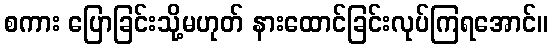
စကား ပြောခြင်းသို့မဟုတ် နားထောင်ခြင်းလုပ်ကြရအောင်။